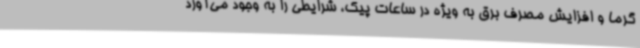
گرما و افزایش مصرف برق به ویژه در ساعات پیک، شرایطی را به وجود می‌آورد